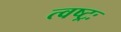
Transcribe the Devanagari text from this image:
त्वष्ट्रः